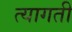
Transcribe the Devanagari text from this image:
त्यागती